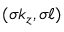
( \sigma k _ { z } , \sigma \ell )